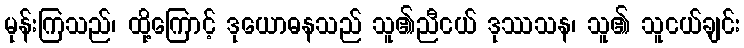
မုန်းကြသည်၊ ထို့ကြောင့် ဒုယောဓနသည် သူ၏ညီငယ် ဒုဿသန၊ သူ၏ သူငယ်ချင်း